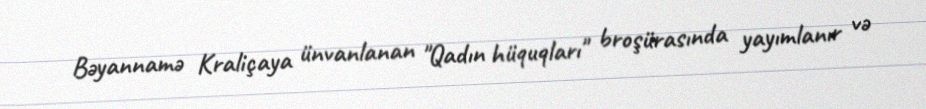
Bəyannamə Kraliçaya ünvanlanan "Qadın hüquqları" broşürasında yayımlanır və